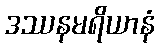
ဒဿနမရိယာနံ